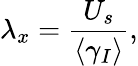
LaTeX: \lambda_{x}=\frac{U_{s}}{\langle\gamma_{I}\rangle},